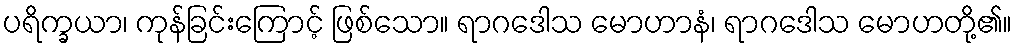
ပရိက္ခယာ၊ ကုန်ခြင်းကြောင့် ဖြစ်သော။ ရာဂဒေါသ မောဟာနံ၊ ရာဂဒေါသ မောဟတို့၏။